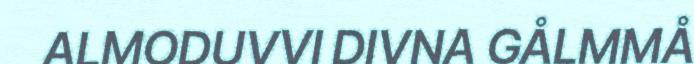
ALMODUVVI DIVNA GÅLMMÅ